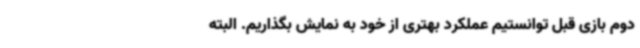
دوم بازی قبل توانستیم عملکرد بهتری از خود به نمایش بگذاریم. البته